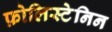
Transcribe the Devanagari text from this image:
फ़ोलिस्टेनिन